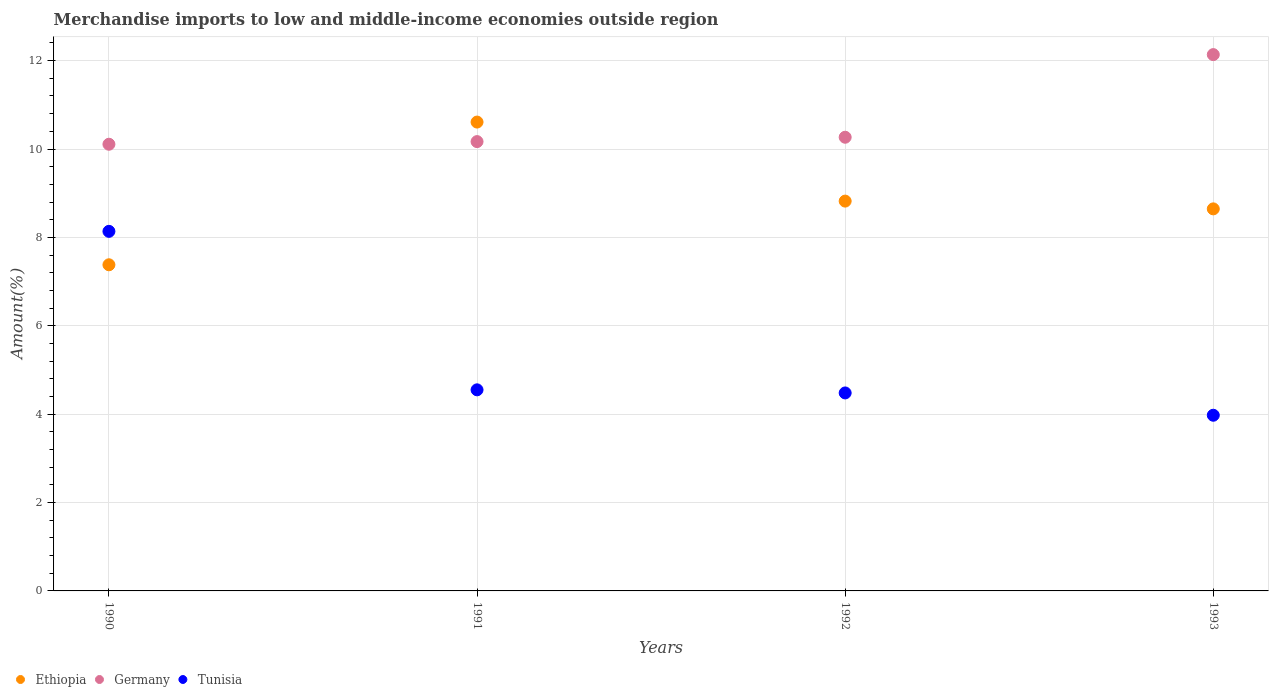
| Years | Ethiopia | Germany | Tunisia |
 | --- | --- | --- | --- |
 | 1990 | 7.38 | 10.1 | 8.14 |
 | 1991 | 10.6 | 10.2 | 4.55 |
 | 1992 | 8.82 | 10.3 | 4.48 |
 | 1993 | 8.65 | 12.1 | 3.98 |